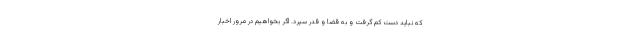
که نباید دست کم گرفت و به قضا و قدر سپرد. اگر بخواهیم در مرور اخبار